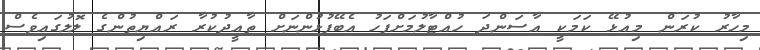
މިހާރު ކުރަން މިއުޅޭ ކަމަކީ އާސަންދަ ހުއްޓާލުމަށްފަހު އެބޭފުޅުންނަށް ތާއީދުކުރާ ރައްޔިތުންގެ ލޮލުގައިވެސް